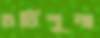
চর্বিশূন্য